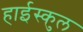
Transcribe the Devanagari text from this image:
हाईस्कुल